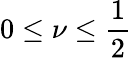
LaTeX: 0\leq\nu\leq\frac{1}{2}